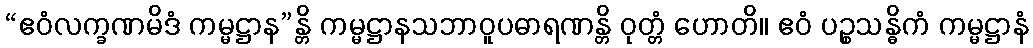
“ဧဝံလက္ခဏမိဒံ ကမ္မဋ္ဌာန”န္တိ ကမ္မဋ္ဌာနသဘာဝူပဓာရဏန္တိ ဝုတ္တံ ဟောတိ။ ဧဝံ ပဉ္စသန္ဓိကံ ကမ္မဋ္ဌာနံ